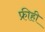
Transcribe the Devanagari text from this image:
फ्रीही